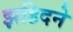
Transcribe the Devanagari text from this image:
झहिदने